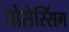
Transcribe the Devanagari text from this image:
प्रोसेस्सिंग